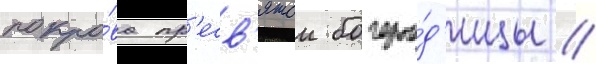
покро́ва пр'есв'ятои богоро́д'ицы /